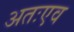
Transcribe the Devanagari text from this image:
अतःएव